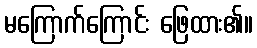
မကြောက်ကြောင်း ဖြေထား၏။